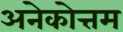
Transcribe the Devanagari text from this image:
अनेकोत्तम